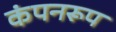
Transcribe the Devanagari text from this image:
कंपनरूप